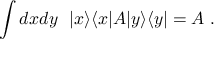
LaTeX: \int d x d y ~ ~ | x \rangle \langle x | A | y \rangle \langle y | = A ~ .